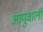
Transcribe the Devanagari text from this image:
आयुवाली